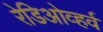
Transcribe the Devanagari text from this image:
रेडिओव्हर्व